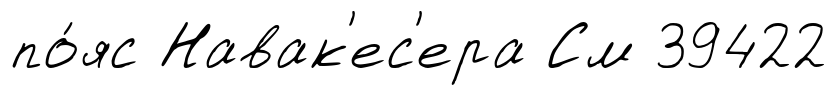
по́яс Навак'ес'ера См 39422